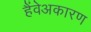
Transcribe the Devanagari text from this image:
हैंवेअकारण